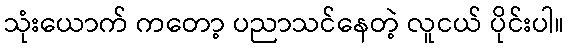
သုံးယောက် ကတော့ ပညာသင်နေတဲ့ လူငယ် ပိုင်းပါ။